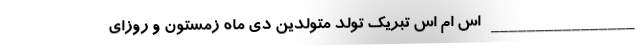
________________ اس ام اس تبریک تولد متولدین دی ماه زمستون و روزای